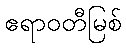
ဧရာဝတီမြစ်